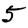
Digit: 5